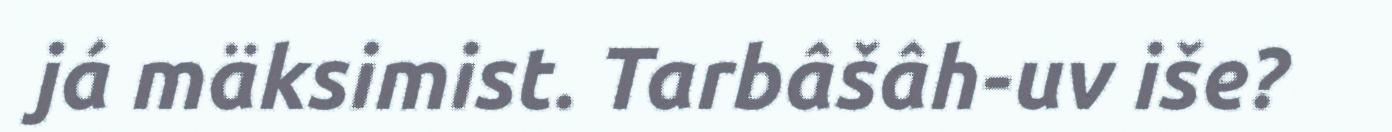
já mäksimist. Tarbâšâh-uv iše?